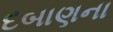
દબાણના